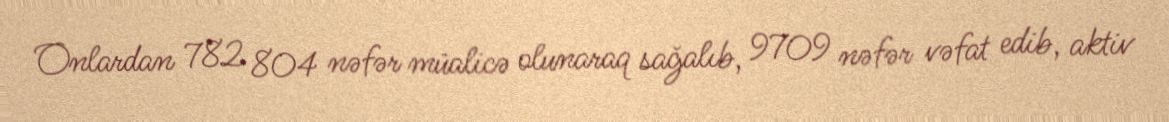
Onlardan 782 804 nəfər müalicə olunaraq sağalıb, 9709 nəfər vəfat edib, aktiv